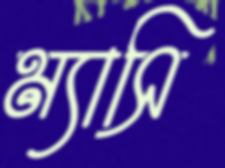
ম্যাসি